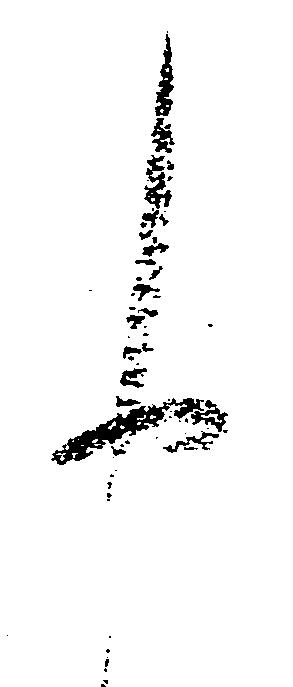
申